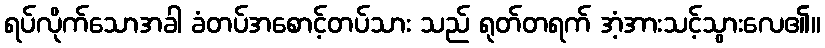
ရပ်လိုက်သောအခါ ခံတပ်အစောင့်တပ်သား သည် ရုတ်တရက် အံ့အားသင့်သွားလေ၏။